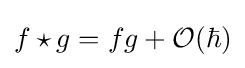
f\star g=fg+{\mathcal {O}}(\hbar )